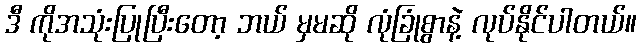
ဒီ ကိုအသုံးပြုပြီးတော့ ဘယ် မှမဆို လုံခြုံစွာနဲ့ လုပ်နိုင်ပါတယ်။